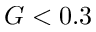
G < 0 . 3